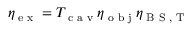
\eta _ { \textrm { e x } } = T _ { \textrm { c a v } } \eta _ { \textrm { o b j } } \eta _ { \textrm { B S , T } }